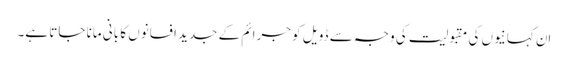
اِن کہانیوں کی مقبولیت کی وجہ سے ڈویل کو جرائم کے جدید افسانوں کا بانی مانا جاتا ہے۔